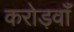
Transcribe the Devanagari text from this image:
करोड़वाँ